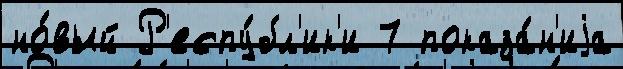
но́вый Р'еспу́бл'ик'и 7 показа́н'иjа